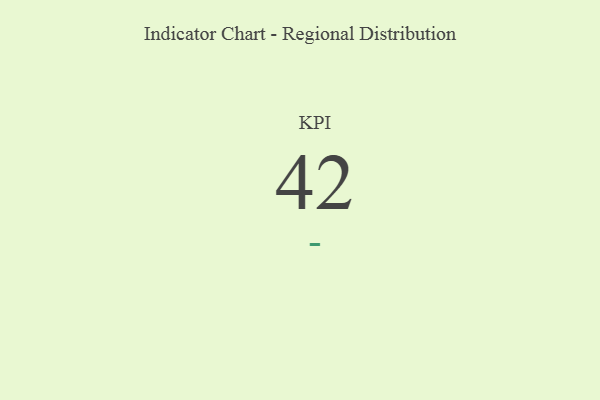
{"axis": {"x": "KPI", "y": "Value"}, "legend": [""], "data": [{"x": "KPI", "y": 42, "type": ""}]}